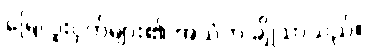
မြေလူးငှက်များ၏ အသံက ချိုသာသည်။